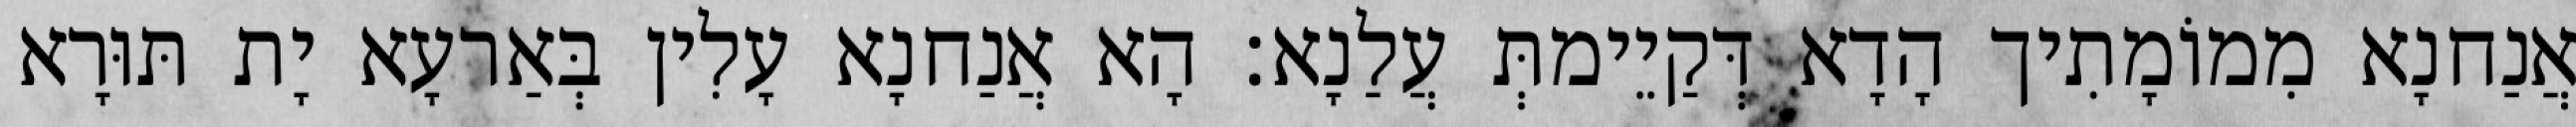
אֲנַחנָא מִמוֹמָתִיך הָדָא דְּקַיֵימתְּ עֲלַנָא׃ הָא אֲנַחנָא עָלִין בְּאַרעָא יָת תּוּרָא